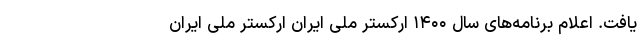
یافت. اعلام برنامه‌های سال ۱۴۰۰ ارکستر ملی ایران ارکستر ملی ایران